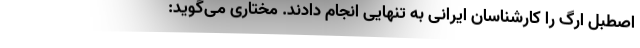
اصطبل ارگ را کارشناسان ایرانی به تنهایی انجام دادند. مختاری می‌گوید: